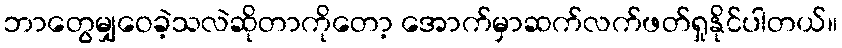
ဘာတွေမျှဝေခဲ့သလဲဆိုတာကိုတော့ အောက်မှာဆက်လက်ဖတ်ရှုနိုင်ပါတယ်။